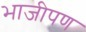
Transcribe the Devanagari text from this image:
भाजीपण